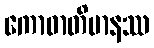
ကောဓာတိမာနဿ